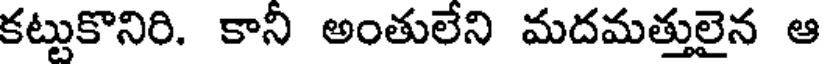
కట్టుకొనిరి. కానీ అంతులేని మదమత్తులైన ఆ